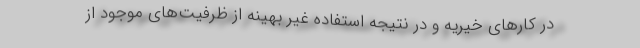
در کارهای خیریه و در نتیجه استفاده غیر بهینه از ظرفیت‌های موجود از